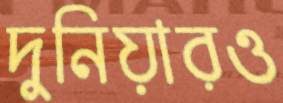
দুনিয়ারও